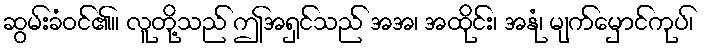
ဆွမ်းခံဝင်၏။ လူတို့သည် ဤအရှင်သည် အအ၊ အထိုင်း၊ အနုံ၊ မျက်မှောင်ကုပ်၊